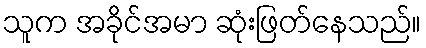
သူက အခိုင်အမာ ဆုံးဖြတ်နေသည်။